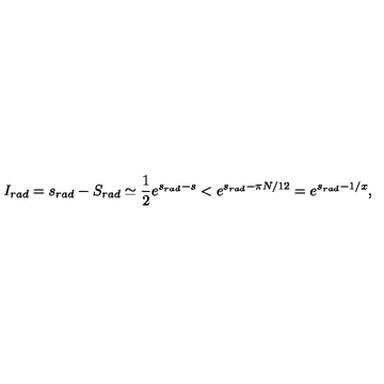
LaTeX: I _ { r a d } = s _ { r a d } - S _ { r a d } \simeq \frac { 1 } { 2 } e ^ { s _ { r a d } - s } < e ^ { s _ { r a d } - \pi N / 1 2 } = e ^ { s _ { r a d } - 1 / x } ,